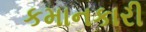
કમાનકારી